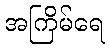
အကြိမ်ရေ